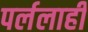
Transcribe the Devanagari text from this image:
पर्ललाही